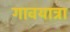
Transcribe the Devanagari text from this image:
गावयात्रा